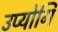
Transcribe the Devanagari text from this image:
उप्योगि